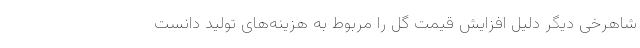
شاهرخی دیگر دلیل افزایش قیمت گل را مربوط به هزینه‌‌های تولید دانست